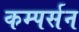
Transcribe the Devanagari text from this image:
कम्पर्सन